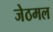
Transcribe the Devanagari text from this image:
जेठमल